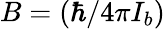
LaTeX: B=(\hbar/4\pi I_{b})